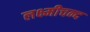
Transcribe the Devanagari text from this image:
लक्ष्मीचन्द